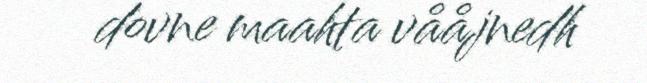
dovne maahta vååjnedh